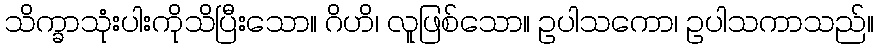
သိက္ခာသုံးပါးကိုသိပြီးသော။ ဂိဟိ၊ လူဖြစ်သော။ ဥပါသကော၊ ဥပါသကာသည်။